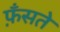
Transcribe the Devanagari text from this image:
फ़ँसते